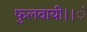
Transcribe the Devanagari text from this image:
फुलवायी।।ं